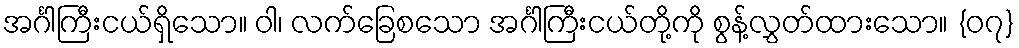
အင်္ဂါကြီးငယ်ရှိသော။ ဝါ၊ လက်ခြေစသော အင်္ဂါကြီးငယ်တို့ကို စွန့်လွှတ်ထားသော။ {၀၇}